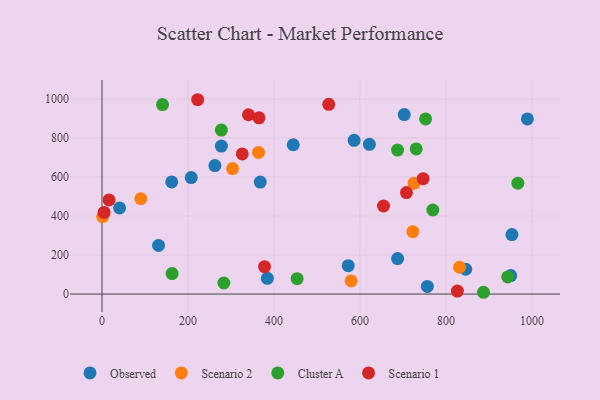
{"axis": {"x": "Engine Size", "y": "Demand"}, "legend": ["Cluster A", "Observed", "Scenario 1", "Scenario 2"], "data": [{"x": "622.0", "y": 767.1, "type": "Observed"}, {"x": "846.1", "y": 127.1, "type": "Observed"}, {"x": "368.1", "y": 573.6, "type": "Observed"}, {"x": "756.8", "y": 39.0, "type": "Observed"}, {"x": "953.5", "y": 304.7, "type": "Observed"}, {"x": "131.5", "y": 249.3, "type": "Observed"}, {"x": "687.6", "y": 181.8, "type": "Observed"}, {"x": "444.8", "y": 765.0, "type": "Observed"}, {"x": "703.0", "y": 919.4, "type": "Observed"}, {"x": "162.1", "y": 574.5, "type": "Observed"}, {"x": "989.5", "y": 897.1, "type": "Observed"}, {"x": "40.8", "y": 441.2, "type": "Observed"}, {"x": "277.7", "y": 758.1, "type": "Observed"}, {"x": "950.7", "y": 94.9, "type": "Observed"}, {"x": "384.6", "y": 80.4, "type": "Observed"}, {"x": "586.4", "y": 787.7, "type": "Observed"}, {"x": "262.6", "y": 658.0, "type": "Observed"}, {"x": "572.8", "y": 145.3, "type": "Observed"}, {"x": "207.5", "y": 596.7, "type": "Observed"}, {"x": "723.0", "y": 319.8, "type": "Scenario 2"}, {"x": "1.4", "y": 397.1, "type": "Scenario 2"}, {"x": "364.2", "y": 725.6, "type": "Scenario 2"}, {"x": "579.5", "y": 67.0, "type": "Scenario 2"}, {"x": "726.0", "y": 568.3, "type": "Scenario 2"}, {"x": "303.7", "y": 642.7, "type": "Scenario 2"}, {"x": "90.3", "y": 488.2, "type": "Scenario 2"}, {"x": "831.7", "y": 137.4, "type": "Scenario 2"}, {"x": "140.7", "y": 970.5, "type": "Cluster A"}, {"x": "453.8", "y": 78.8, "type": "Cluster A"}, {"x": "163.0", "y": 104.8, "type": "Cluster A"}, {"x": "283.4", "y": 56.6, "type": "Cluster A"}, {"x": "730.8", "y": 743.5, "type": "Cluster A"}, {"x": "752.7", "y": 897.3, "type": "Cluster A"}, {"x": "687.5", "y": 737.6, "type": "Cluster A"}, {"x": "967.4", "y": 568.0, "type": "Cluster A"}, {"x": "277.7", "y": 839.9, "type": "Cluster A"}, {"x": "769.6", "y": 430.7, "type": "Cluster A"}, {"x": "943.7", "y": 87.8, "type": "Cluster A"}, {"x": "887.4", "y": 9.1, "type": "Cluster A"}, {"x": "222.5", "y": 995.6, "type": "Scenario 1"}, {"x": "378.1", "y": 140.2, "type": "Scenario 1"}, {"x": "340.7", "y": 918.7, "type": "Scenario 1"}, {"x": "326.2", "y": 718.1, "type": "Scenario 1"}, {"x": "527.5", "y": 972.2, "type": "Scenario 1"}, {"x": "365.1", "y": 902.9, "type": "Scenario 1"}, {"x": "747.0", "y": 590.9, "type": "Scenario 1"}, {"x": "826.6", "y": 15.1, "type": "Scenario 1"}, {"x": "708.2", "y": 520.0, "type": "Scenario 1"}, {"x": "16.4", "y": 482.1, "type": "Scenario 1"}, {"x": "4.8", "y": 418.1, "type": "Scenario 1"}, {"x": "654.8", "y": 451.1, "type": "Scenario 1"}]}